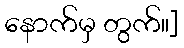
နောက်မှ တွက်။]